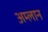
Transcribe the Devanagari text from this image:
अम्लान